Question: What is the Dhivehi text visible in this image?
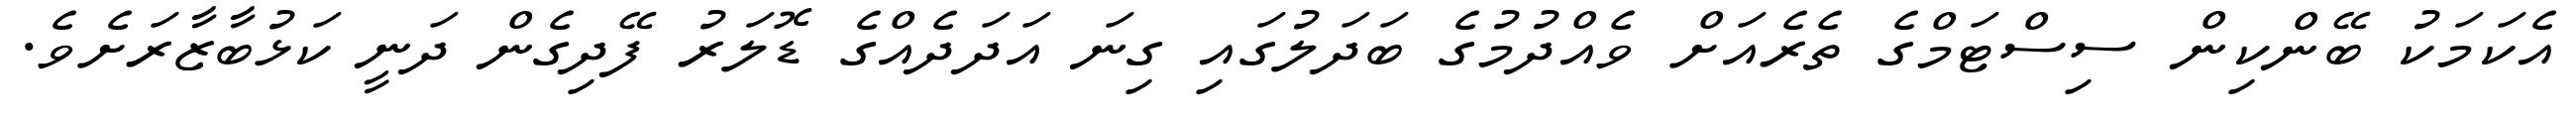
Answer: އެކަމަކު ބޭންކިން ސިސްޓަމްގެ ތެރެއަށް ވެއްދުމުގެ ބަދަލުގައި ގިނަ އަދަދެއްގެ ޑޮލަރު ފޭދިގެން ދަނީ ކަޅުބާޒާރަށެވެ.